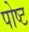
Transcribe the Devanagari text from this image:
पोष्ट